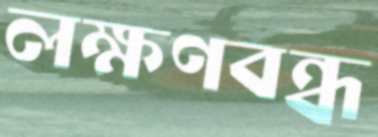
লক্ষণবন্ধ